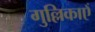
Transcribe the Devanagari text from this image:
गुल्लिकाएँ